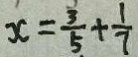
x = \frac { 3 } { 5 } + \frac { 1 } { 7 }